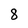
Character: 8